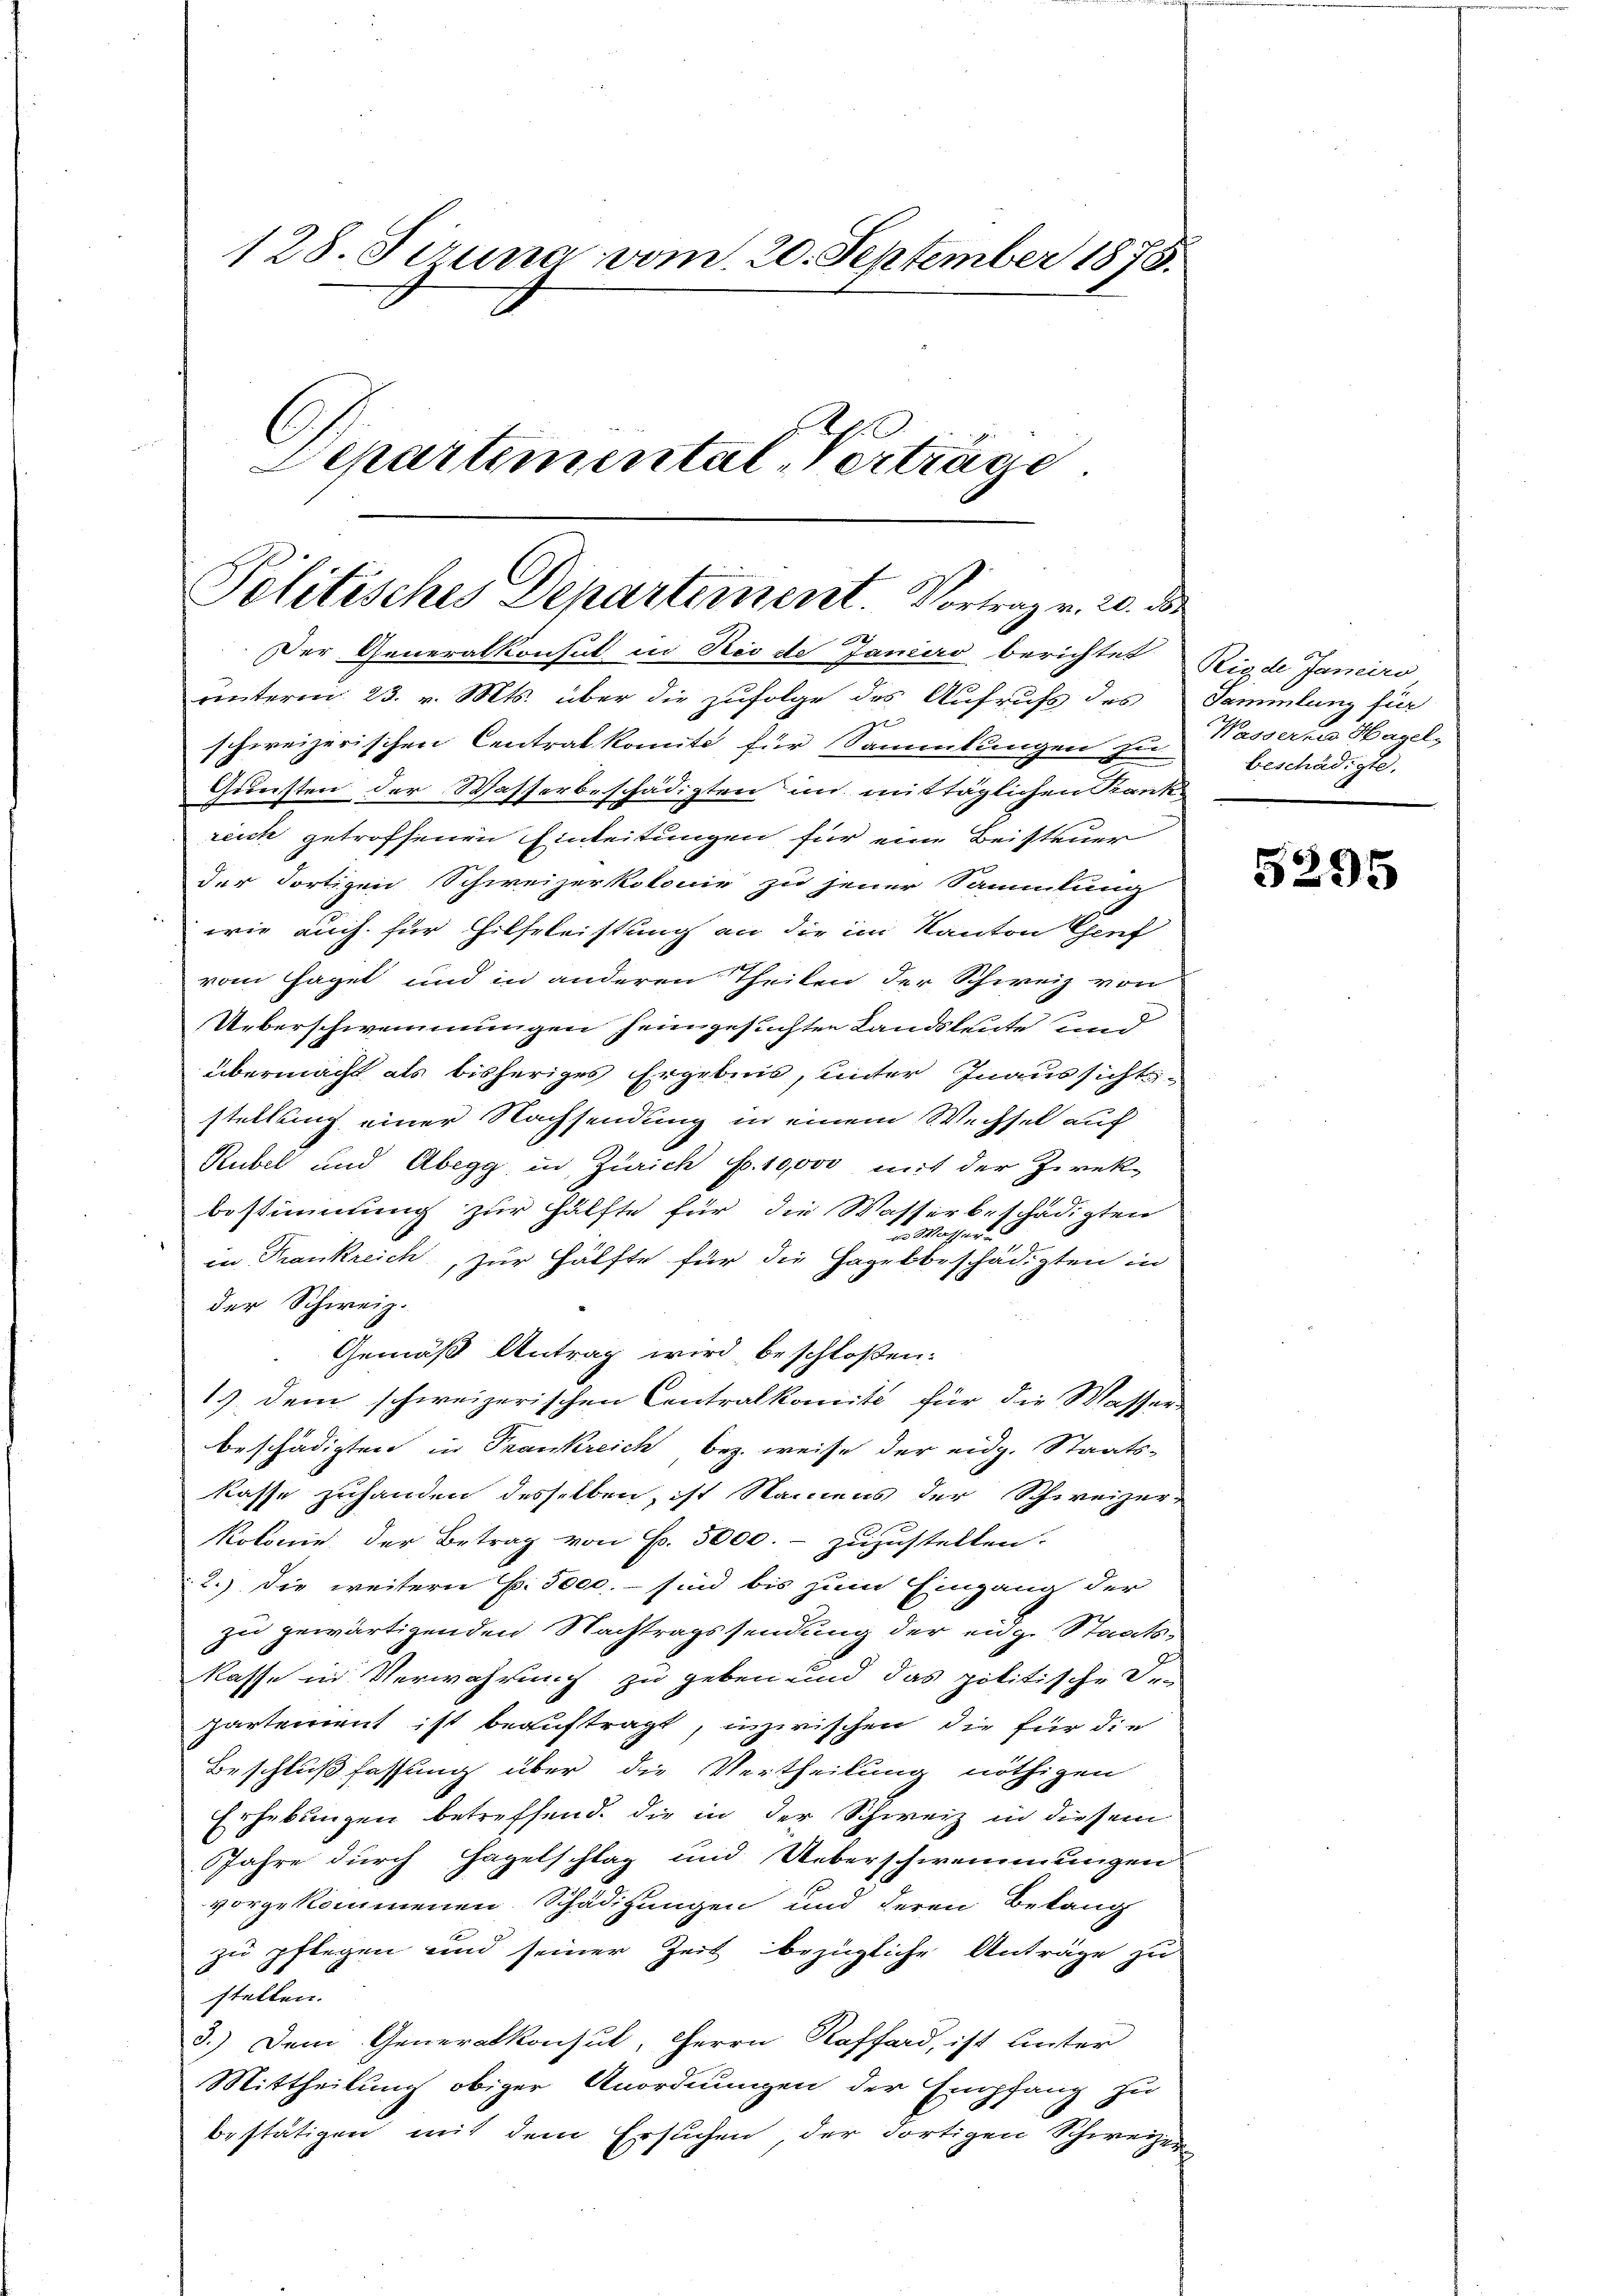
Pelitisches Departement. Vortrag v. 20. d.
Der Generalkonsul in Rio de Janeiro berichtet

128. Sirung vom 20. September 1875.
Departemental Verträge.

unterm 23. v. Mts. über die zufolge des Aufrufs des
e
schweizerischen Centrat komite für Sammlungen zu
Gunsten der Wasserbeschädigten im mittäglichen Pank-
reich getroffenen Einleitungen für eine Beisteuer
der dortigen Schweizerkolonie zu jener Sammlung
wie auch für Helfeleistung an die im Kanton Genf
vom Hagel und in anderen Theilen der Schweiz von
Ueberschwemmungen heimgesuchten Landsleute und
übermacht als bisheriges Ergebnis, unter Inaussichts-
stellung einer Nachsendung in einem Wechsel auf
Rubel und Abegg in Zürich p. 10,000 mit der Zirekbestimmung zur Hälfte für die Wasserbeschädigten
 Wasser
in Frankreich, zur Hälfte für die Hagelbeschädigten in
der Schweiz.
Gemäß Antrag wird beschloßen:
1) dem schweizerischen Contralkomit für die Wasserbeschädigten in Trankreich bez. weise der eidg. Staats-
kasse zuhanden desselben, ist Namens der Schweizer-
Kolonie der Betrag von Fr. 5000.- zuzustellen.
2.) Die weitern p. 5000. – sind bis zum Eingang der
zu gewärtigenden Nachtragssendung der eidg. Staats-
kasse in Verwahrung zu geben und das politische Ver
partement ist beauftragt, inzwischen, die für die
Beschlußfassung über die Vertheilung nöthigen
Erhebungen betreffend, die in der Schweiz in diesem
JJahre durch Hagelschlag und Ueberschwemmungen
vorgekommenen Schädigungen und deren Belang
zu pflegen und seiner Zeit bezügliche Anträge zu
stellen.
3.) Dem Generalkonsul, Herrn Raffard, ist unter
Mittheilung obiger Anordnungen der Empfang zu
.
bestätigen mit dem Ersuchen, der dortigen Schweizer

Rigde Janeiro
Sammlung für
Wassern Hagel,
beschädigte.

3295